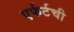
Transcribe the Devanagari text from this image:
एर्फर्टची